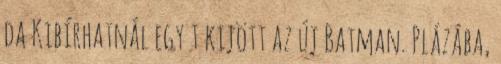
da Kibírhatnál egy t kijött az új Batman. Plázába,